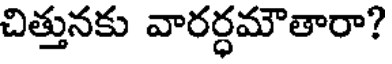
చిత్తునకు వారర్ధమౌతారా?